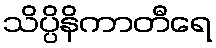
သိပ္ပိနိကာတီရေ